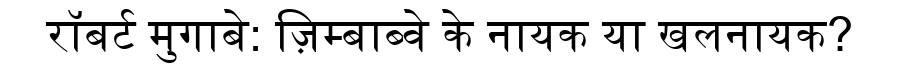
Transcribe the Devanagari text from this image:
रॉबर्ट मुगाबे: ज़िम्बाब्वे के नायक या खलनायक?